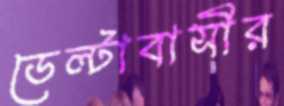
ডেল্টাবাসীর